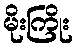
မိုးကြိုး